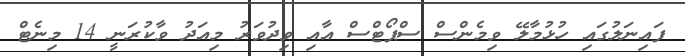
ފައިނަލުގައި ހުޅުމާލޭ ވިމެންސް ސްޕޯޓްސް އާއި ވިދުވަރު މިއަދު ވާކުރަނީ 14 މިނެޓް